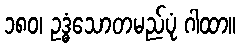
၁၈၀၊ ဥဒ္ဓံသောတမည်ပုံ ဂါထာ။